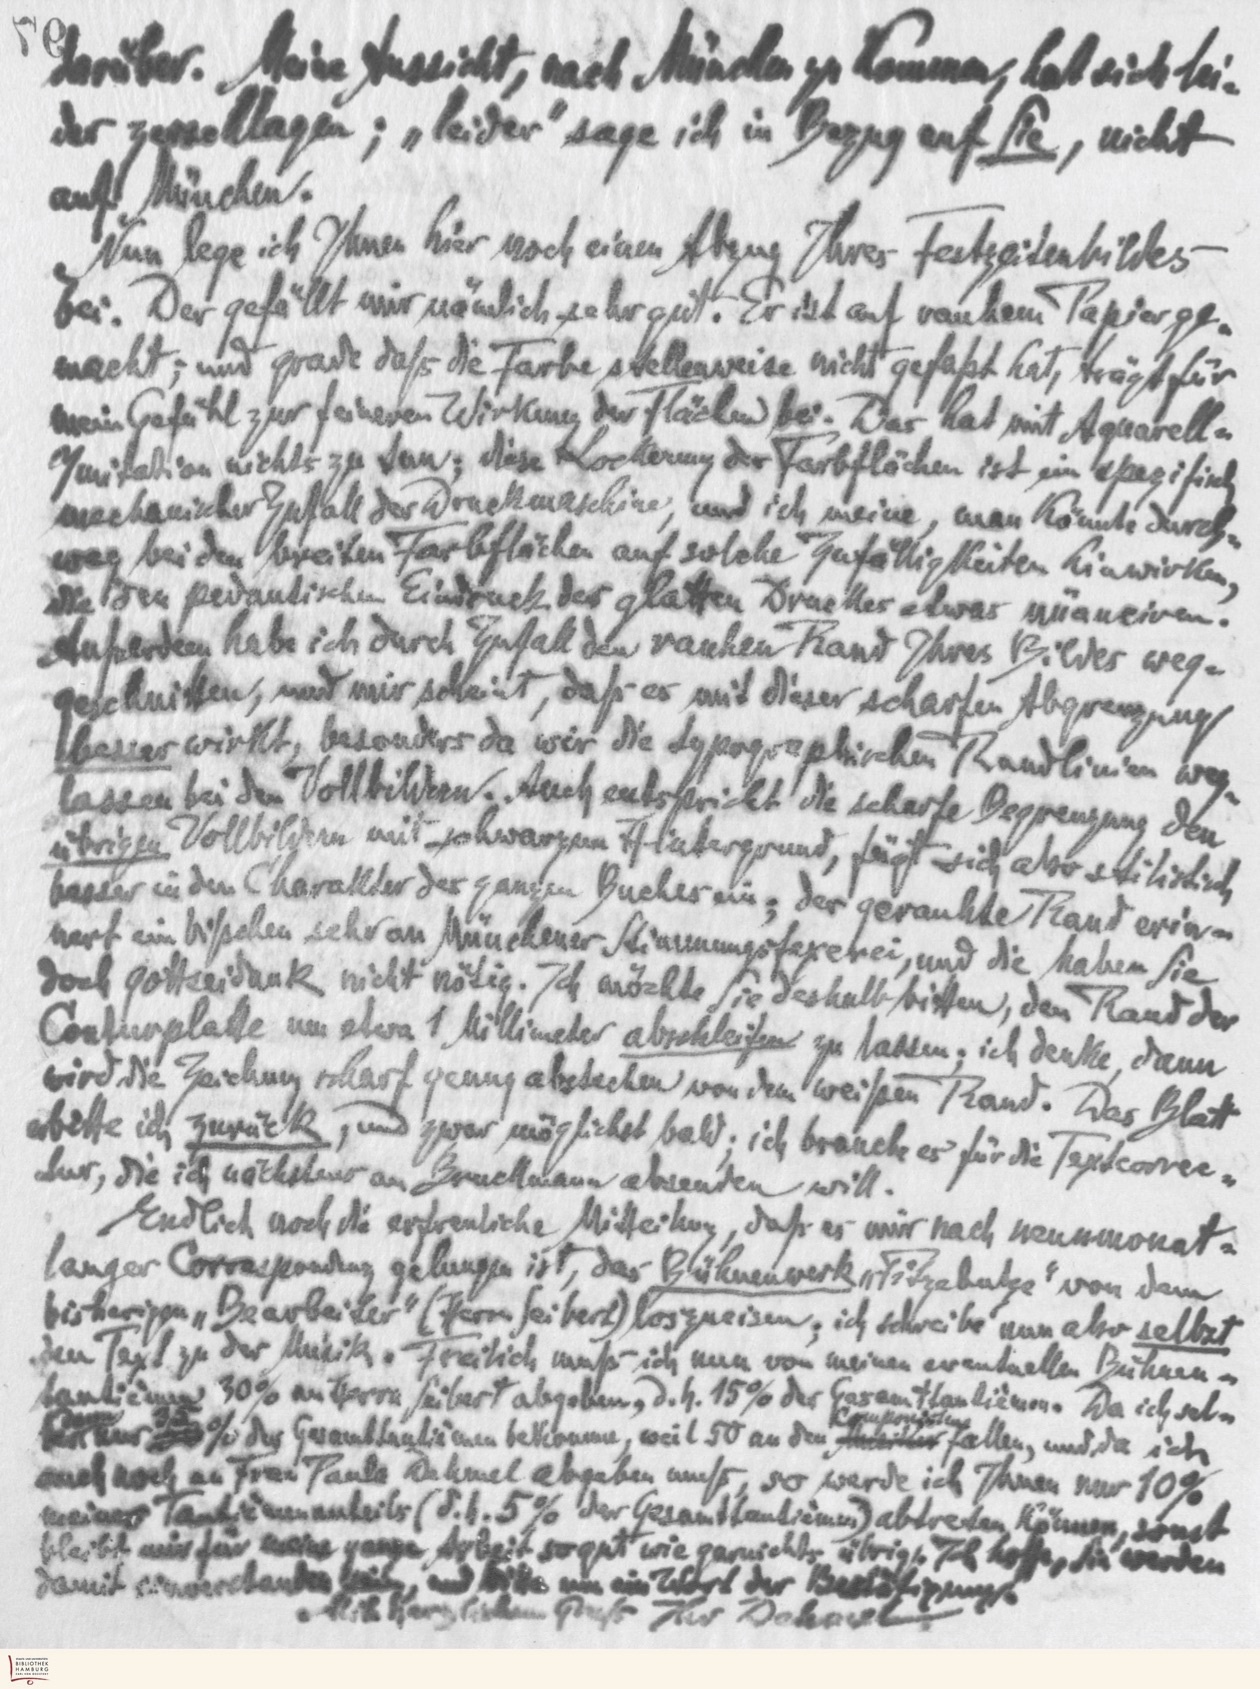
darüber. Meine Aussicht, nach München zu kommen, hat sich lei-
der zerschlagen; "leider" sage ich in Bezug auf Sie, nicht
auf München.